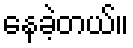
နေခဲ့တယ်။